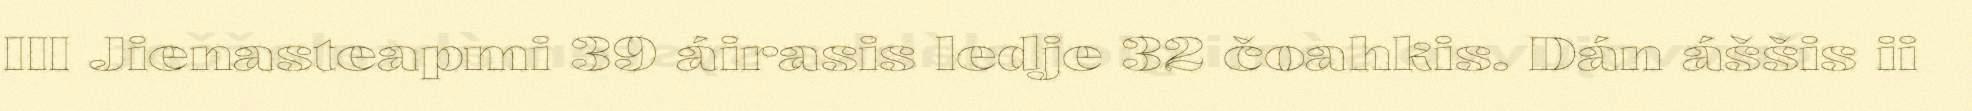
III Jienasteapmi 39 áirasis ledje 32 čoahkis. Dán áššis ii